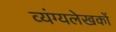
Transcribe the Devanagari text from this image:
व्यंग्यलेखकों